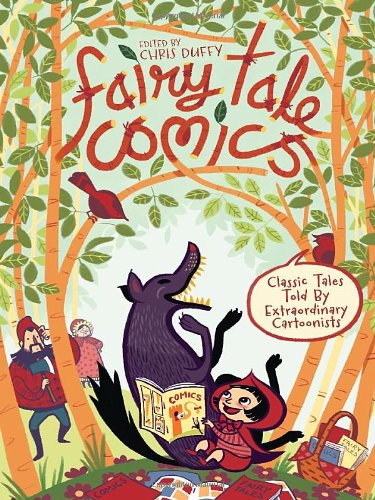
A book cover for Fairy Tale Comics: Classic Tales Told by Extraordinary Cartoonists; Various Various Authors; Children's Books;